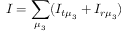
I = \sum _ { \mu _ { 3 } } ( I _ { t \mu _ { 3 } } + I _ { r \mu _ { 3 } } )